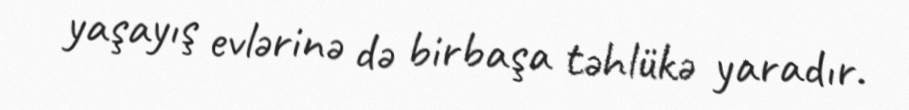
yaşayış evlərinə də birbaşa təhlükə yaradır.